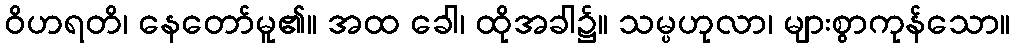
ဝိဟရတိ၊ နေတော်မူ၏။ အထ ခေါ၊ ထိုအခါ၌။ သမ္ပဟုလာ၊ များစွာကုန်သော။